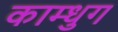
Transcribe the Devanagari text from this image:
काम्धुग